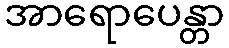
အာရောပေန္တာ